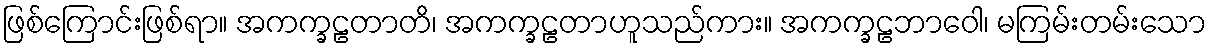
ဖြစ်ကြောင်းဖြစ်ရာ။ အကက္ခဠတာတိ၊ အကက္ခဠတာဟူသည်ကား။ အကက္ခဠဘာဝေါ၊ မကြမ်းတမ်းသော